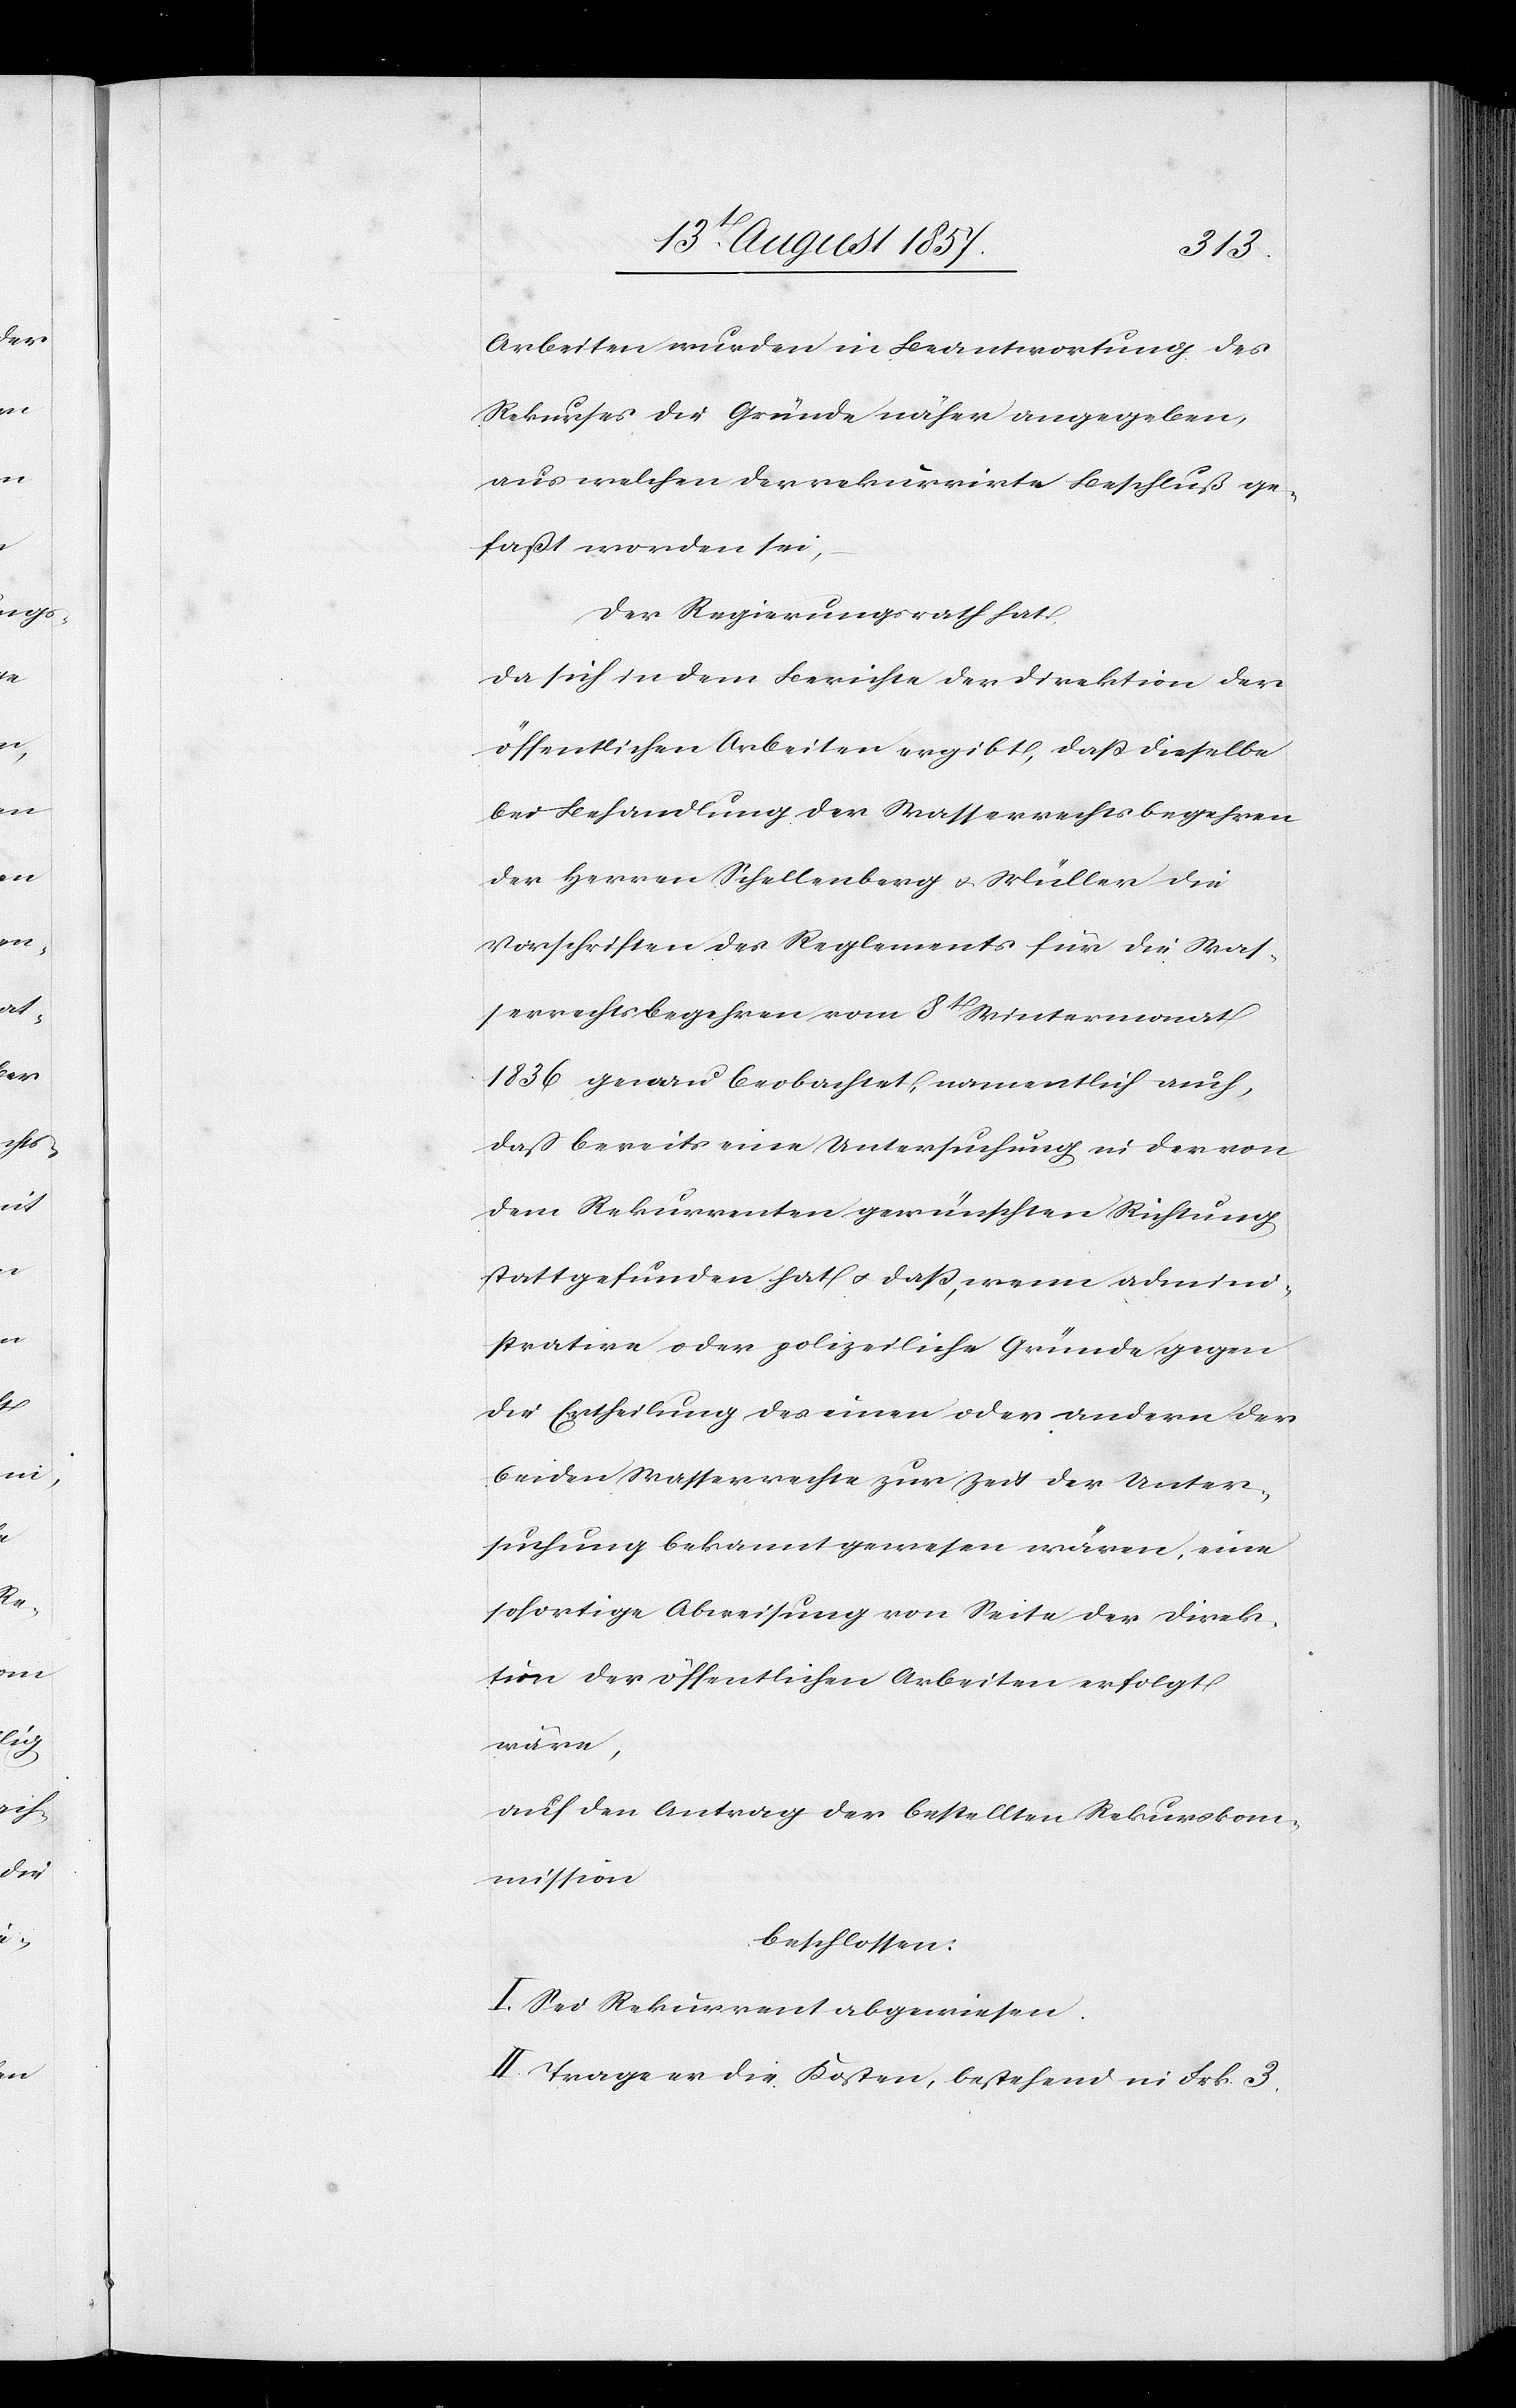
Arbeiten wurden in Beantwortung des
Rekurses die Gründe näher angegeben,
aus welchen der rekurrirte Beschluß ge¬
faßt worden sei,
Der Regierungsrath hat,
da sich in dem Berichte der Direktion der
öffentlichen Arbeiten ergibt, daß dieselbe
bei Behandlung der Wasserrechtsbegehren
der Herren Schellenberg & Müller die
Vorschriften des Reglements für die Was¬
serrechtsbegehren vom 8t Wintermonat
1836 genau beobachtet, namentlich auch,
daß bereits eine Untersuchung in der von
dem Rekurrenten gewünschten Richtung
stattgefunden hat & daß, wenn admini¬
strative oder polizeiliche Gründe gegen
die Ertheilung des einen oder andern der
beiden Wasserrechte zur Zeit der Unter¬
suchung bekannt gewesen wären, eine
sofortige Abweisung von Seite der Direk¬
tion der öffentlichen Arbeiten erfolgt
wäre,
auf den Antrag der bestellten Rekurskom¬
mission,
beschlossen:
I. Sei Rekurrent abgewiesen.
II. Trage er die Kosten, bestehend in Frk. 3